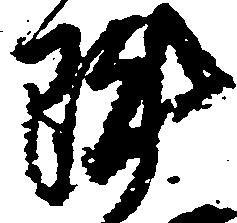
陣